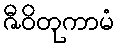
ဇီဝိတုကာမံ